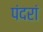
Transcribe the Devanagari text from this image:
पंदरां